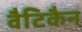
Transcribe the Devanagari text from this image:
वैटिकैन